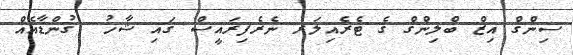
ސިންގް އިޒް ބްލިންގް ގެ ޓެރެއިލަރ ނެރެފިރައީސް ގައި ޝާހު  ގުންޑާއެއް